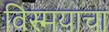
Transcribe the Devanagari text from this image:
विस्मयाचा